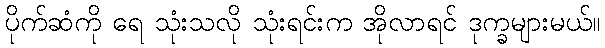
ပိုက်ဆံကို ရေ သုံးသလို သုံးရင်းက အိုလာရင် ဒုက္ခများမယ်။